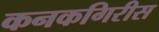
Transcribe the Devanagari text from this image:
कनकगिरीस